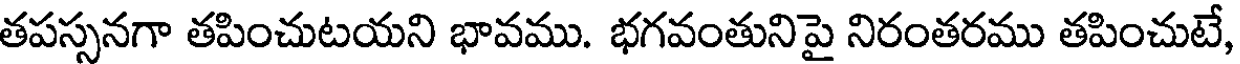
తపస్సనగా తపించుటయని భావము. భగవంతునిపై నిరంతరము తపించుటే,